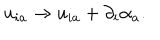
LaTeX: u _ { i a } \rightarrow u _ { i a } + \partial _ { i } \alpha _ { a } .